Calcutta medical institutions reports 1879-81 [i.e.91]
Year: 1879
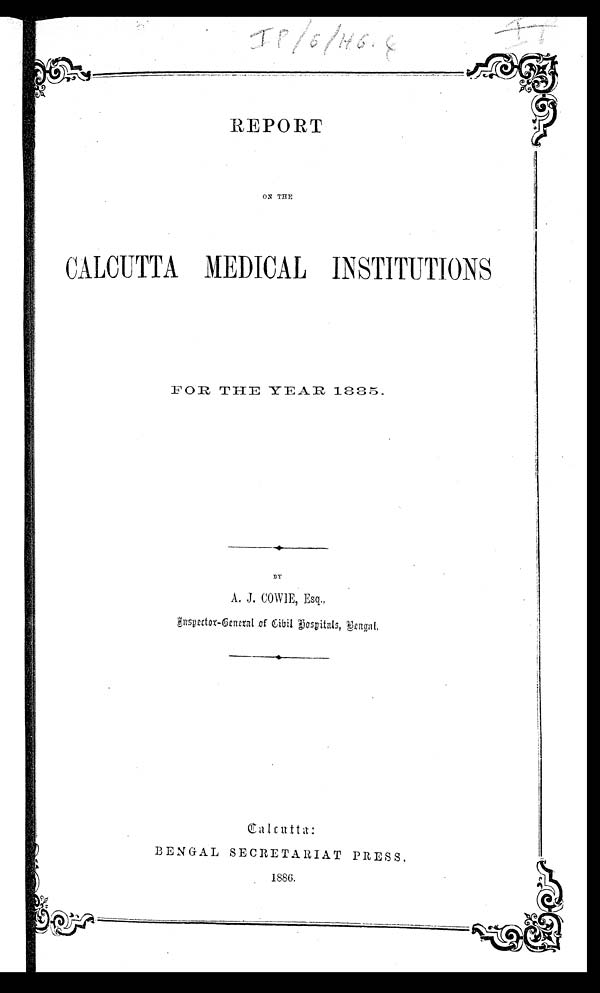
REPORT
ON THE
CALCUTTA MEDICAL INSTITUTIONS
FOR
THE YEAR 1885.
BY
A. J. COWIE, Esq.,
I n s p e c t o r - G e n e r a l o f C i v i l h o s p i t a l s , B e n g a l .
BENGAL SECRETARIAT PRESS.
1886.